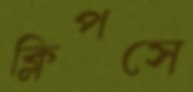
ক্লিপসে